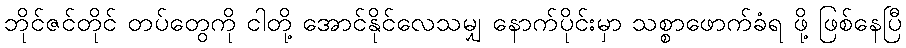
ဘိုင်ဇင်တိုင် တပ်တွေကို ငါတို့ အောင်နိုင်လေသမျှ နောက်ပိုင်းမှာ သစ္စာဖောက်ခံရ ဖို့ ဖြစ်နေပြီ